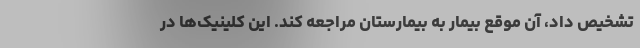
تشخیص داد، آن موقع بیمار به بیمارستان مراجعه کند. این کلینیک‌ها در